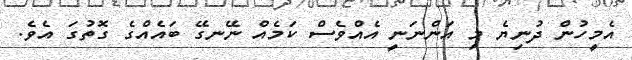
އެމީހުން ދުނިޔެ މި އަންނަނީ އެއްވެސް ކަމެއް ނޭނގޭ ބައެއްގެ ގޮތުގަ އެވެ.